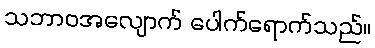
သဘာဝအလျောက် ပေါက်ရောက်သည်။